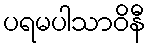
ပရမပါသာဝိနီ